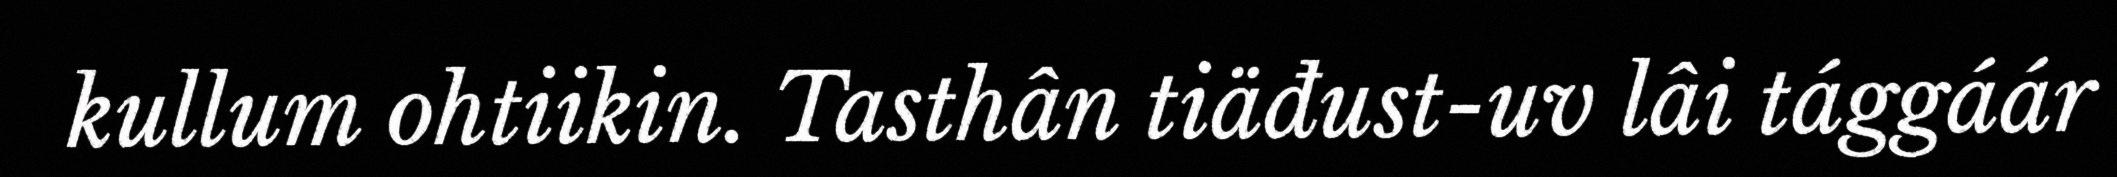
kullum ohtiikin. Tasthân tiäđust-uv lâi tággáár